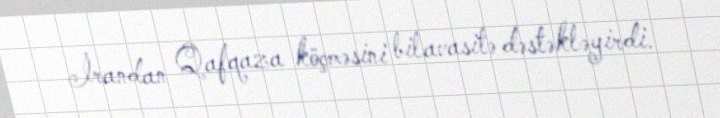
İrandan Qafqaza köçməsini bilavasitə dəstəkləyirdi.